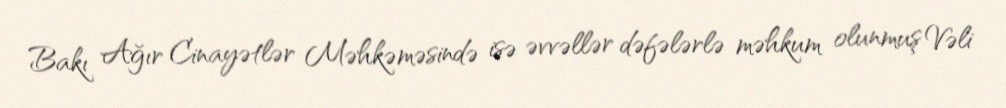
Bakı Ağır Cinayətlər Məhkəməsində isə əvvəllər dəfələrlə məhkum olunmuş Vəli